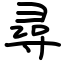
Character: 尋